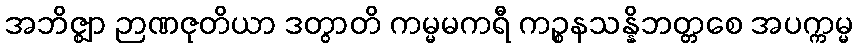
အဘိဇ္ဈာ ဉာဏဇုတိယာ ဒတွာတိ ကမ္မမကရီ ကဉ္စနသန္နိဘတ္တစေ အပက္ကမ္မ